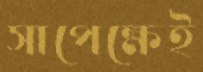
সাপেক্ষেই